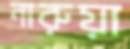
নারুয়া